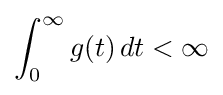
\int _{0}^{\infty }g(t)\,dt<\infty